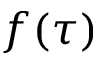
f ( \tau )